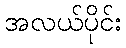
အလယ်ပိုင်း